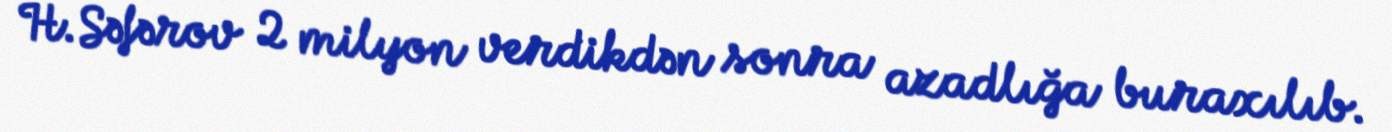
H.Səfərov 2 milyon verdikdən sonra azadlığa buraxılıb.